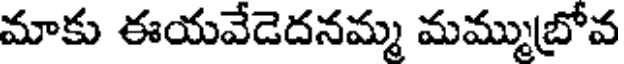
మాకు ఈయవేడెదనమ్మ మమ్ముబ్రోవ